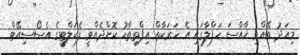
މިއަދު ބޭއްވި ޚާއްސަ ހަފްލާގައި އެ ހަރަކާތް އިފްތިތާހު ކޮށްދެއްވީ ފެކަލްޓީގެ އެސޯސިއޭޓް